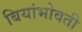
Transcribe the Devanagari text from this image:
बियांभोवती